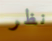
نظر